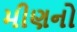
મીણનો